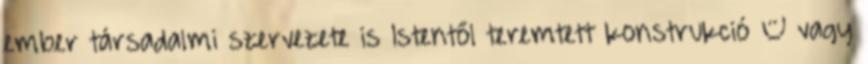
ember társadalmi szervezete is Istentől teremtett konstrukció – vagy